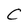
Character: C